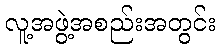
လူ့အဖွဲ့အစည်းအတွင်း